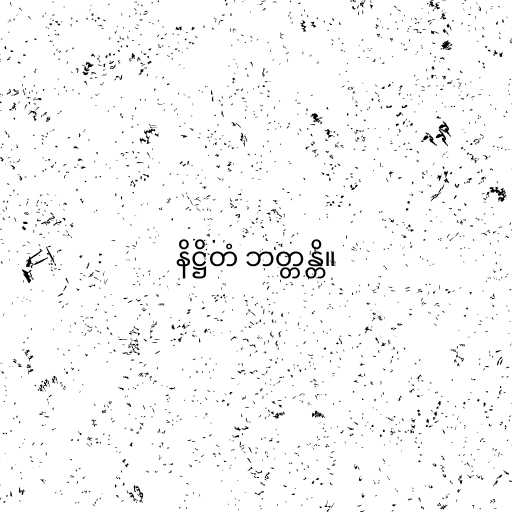
နိဋ္ဌိတံ ဘတ္တန္တိ။